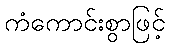
ကံကောင်းစွာဖြင့်